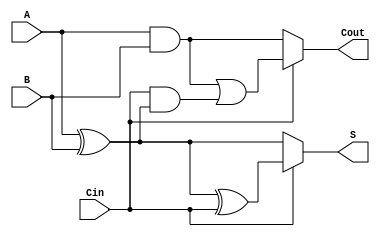
module ConditionalSumFullAdder (
    input wire A,        // First input bit
    input wire B,        // Second input bit
    input wire Cin,      // Carry-in bit
    output wire S,       // Sum output
    output wire Cout     // Carry-out output
);

    // Intermediate signals for the sum and carry-out calculations
    wire S0, S1;        // Sum outputs for Cin = 0 and Cin = 1
    wire C0, C1;        // Carry-out outputs for Cin = 0 and Cin = 1

    // Sum calculations
    assign S0 = A ^ B;           // S0 = A XOR B
    assign S1 = S0 ^ Cin;        // S1 = A XOR B XOR Cin

    // Carry-out calculations
    assign C0 = A & B;                       // C0 = A AND B
    assign C1 = (A & B) | (Cin & S0);        // C1 = (A AND B) OR (Cin AND (A XOR B))

    // Final outputs based on the value of Cin
    assign S = (Cin == 1'b0) ? S0 : S1;      // Select sum based on Cin
    assign Cout = (Cin == 1'b0) ? C0 : C1;   // Select carry-out based on Cin

endmodule